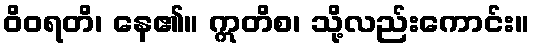
ဝိဝရတိ၊ နေ၏။ ဣတိစ၊ သို့လည်းကောင်း။